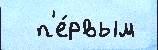
  п'е́рвым